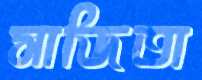
সাজিতা